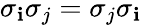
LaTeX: \sigma_{\mathbf{i}}\sigma_{j}=\sigma_{j}\sigma_{\mathbf{i}}